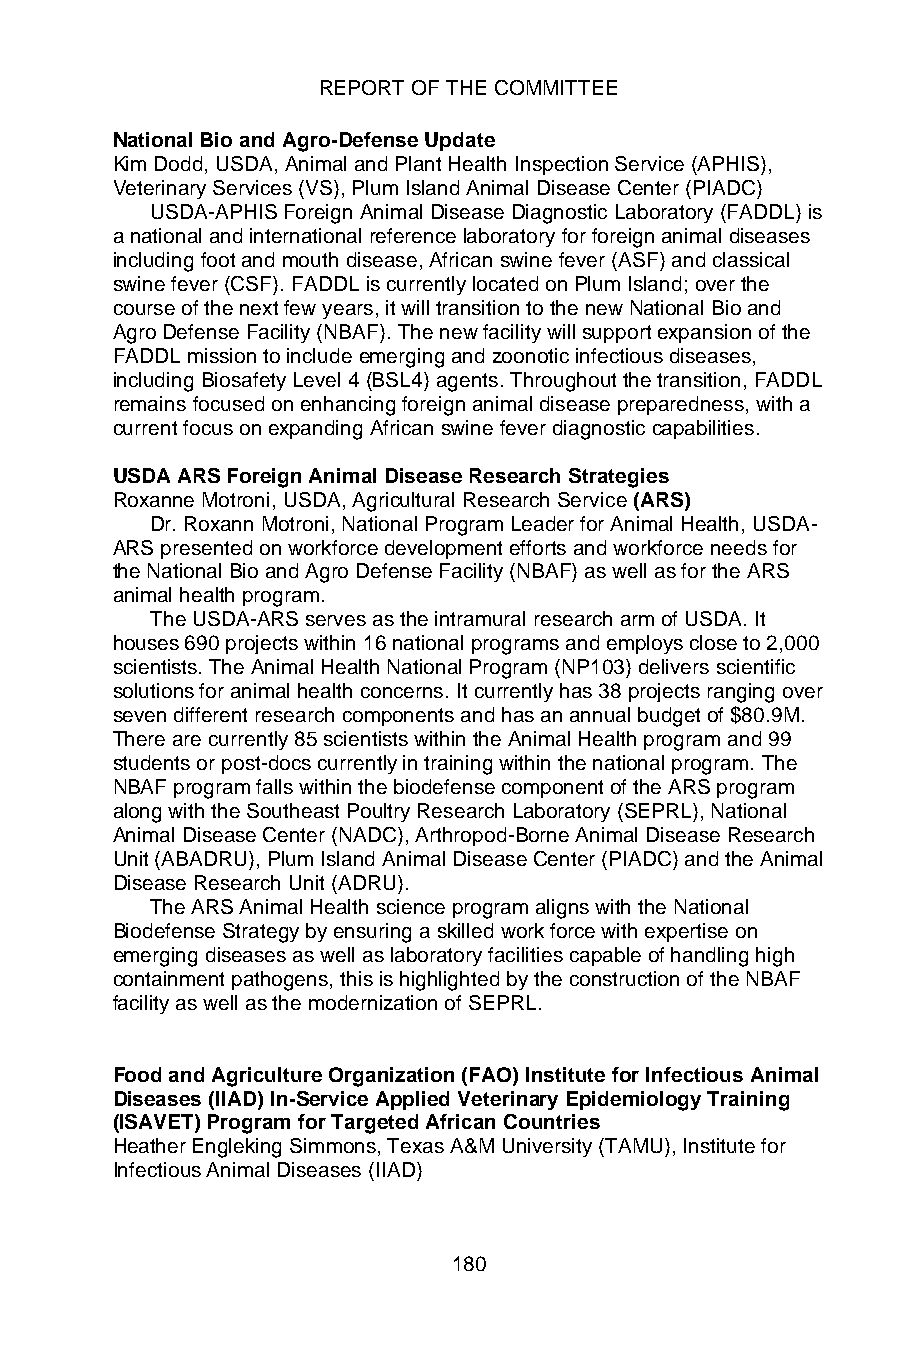
REPORT OF THE COMMITTEE
 National Bio and Agro-Defense Update
 Kim Dodd, USDA, Animal and Plant Health Inspection Service (APHIS),
 Veterinary Services (VS), Plum Island Animal Disease Center (PIADC)
 USDA-APHIS Foreign Animal Disease Diagnostic Laboratory (FADDL) is
 a national and international reference laboratory for foreign animal diseases
 including foot and mouth disease, African swine fever (ASF) and classical
 swine fever (CSF). FADDL is currently located on Plum Island; over the
 course of the next few years, it will transition to the new National Bio and
 Agro Defense Facility (NBAF). The new facility will support expansion of the
 FADDL mission to include emerging and zoonotic infectious diseases,
 including Biosafety Level 4 (BSL4) agents. Throughout the transition, FADDL
 remains focused on enhancing foreign animal disease preparedness, with a
 current focus on expanding African swine fever diagnostic capabilities.
 USDA ARS Foreign Animal Disease Research Strategies
 Roxanne Motroni, USDA, Agricultural Research Service (ARS)
 Dr. Roxann Motroni, National Program Leader for Animal Health, USDA-
 ARS presented on workforce development efforts and workforce needs for
 the National Bio and Agro Defense Facility (NBAF) as well as for the ARS
 animal health program.
 The USDA-ARS serves as the intramural research arm of USDA. It
 houses 690 projects within 16 national programs and employs close to 2,000
 scientists. The Animal Health National Program (NP103) delivers scientific
 solutions for animal health concerns. It currently has 38 projects ranging over
 seven different research components and has an annual budget of $80.9M.
 There are currently 85 scientists within the Animal Health program and 99
 students or post-docs currently in training within the national program. The
 NBAF program falls within the biodefense component of the ARS program
 along with the Southeast Poultry Research Laboratory (SEPRL), National
 Animal Disease Center (NADC), Arthropod-Borne Animal Disease Research
 Unit (ABADRU), Plum Island Animal Disease Center (PIADC) and the Animal
 Disease Research Unit (ADRU).
 The ARS Animal Health science program aligns with the National
 Biodefense Strategy by ensuring a skilled work force with expertise on
 emerging diseases as well as laboratory facilities capable of handling high
 containment pathogens, this is highlighted by the construction of the NBAF
 facility as well as the modernization of SEPRL.
 Food and Agriculture Organization (FAO) Institute for Infectious Animal
 Diseases (IIAD) In-Service Applied Veterinary Epidemiology Training
 (ISAVET) Program for Targeted African Countries
 Heather Engleking Simmons, Texas A&M University (TAMU), Institute for
 Infectious Animal Diseases (IIAD)
 180